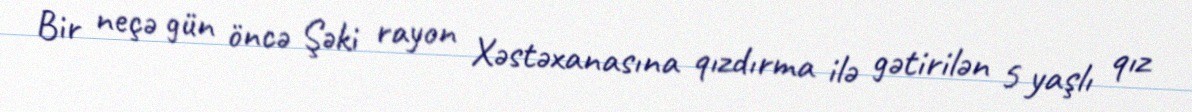
Bir neçə gün öncə Şəki rayon Xəstəxanasına qızdırma ilə gətirilən 5 yaşlı qız